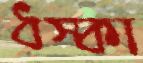
ধস্‌কা